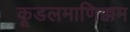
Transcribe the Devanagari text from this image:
कूडलमाणिक्कम